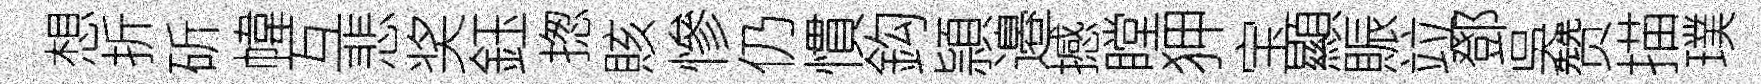
想折斫幃互悲奖鈺揔賅慘仍慣鈎頴邉撼瞠狎宝顯賑竝鄧吳赞描璞